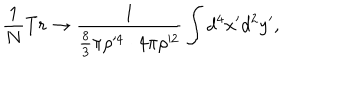
LaTeX: \frac { 1 } { N } T r \rightarrow \frac { 1 } { \frac { 8 } { 3 } \pi \rho ^ { \prime 4 } \cdot 4 \pi \rho ^ { \prime 2 } } \int d ^ { 4 } x ^ { \prime } d ^ { 2 } y ^ { \prime } ,